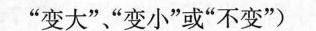
”变大””变小”或”不变”)